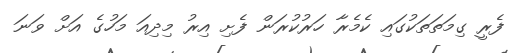
ފެރީ ގިމަތަތަކުގައި ކެމެރާ ހަރުކުރަން ފެށި އިރު މިދިއަ މަހުގެ އަށް ވަނަ